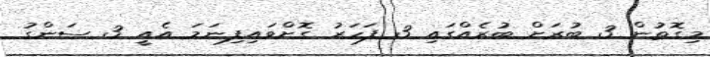
މިގޮތުން 3 ބުރަށް ބުރެއްގައި 3 ފަހަރު ގޮށްވައިފިނަމަ އެއީ 3 ސަންގު